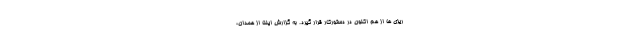
ریزی ها از هم اکنون در دستورکار قرار گیرد. به گزارش ایلنا از همدان،